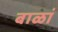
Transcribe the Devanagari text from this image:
बाळां